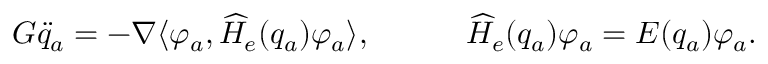
\begin{array} { r } { G \ddot { { q } } _ { a } = - \nabla \langle \varphi _ { a } , \widehat H _ { e } ( { { q } } _ { a } ) \varphi _ { a } \rangle , \qquad \quad \widehat H _ { e } ( { { q } } _ { a } ) \varphi _ { a } = E ( { { q } } _ { a } ) \varphi _ { a } . } \end{array}